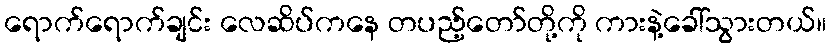
ရောက်ရောက်ချင်း လေဆိပ်ကနေ တပည့်တော်တို့ကို ကားနဲ့ခေါ်သွားတယ်။